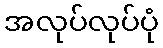
အလုပ်လုပ်ပုံ